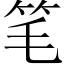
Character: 笔